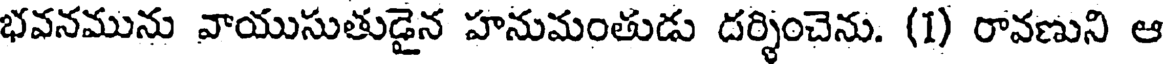
భవనమును వాయుసుతుడైన హనుమంతుడు దర్శించెను. (1) రావణుని ఆ